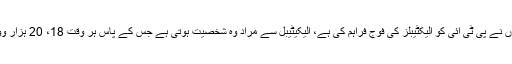
کیونکہ جنہوں نے پی ٹی آئی کو الیکٹیبلز کی فوج فراہم کی ہے، الیکیٹیبل سے مراد وہ شخصیت ہوتی ہے جس کے پاس ہر وقت 18، 20 ہزار ووٹ ہوتا ہے۔